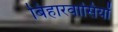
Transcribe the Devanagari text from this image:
बिहारवासियों